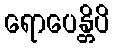
ရောပေန္တိပိ